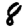
Digit: 8